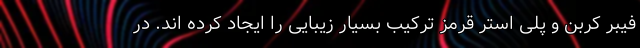
فیبر کربن و پلی استر قرمز ترکیب بسیار زیبایی را ایجاد کرده اند. در